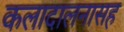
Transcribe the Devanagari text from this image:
कलादालनासह